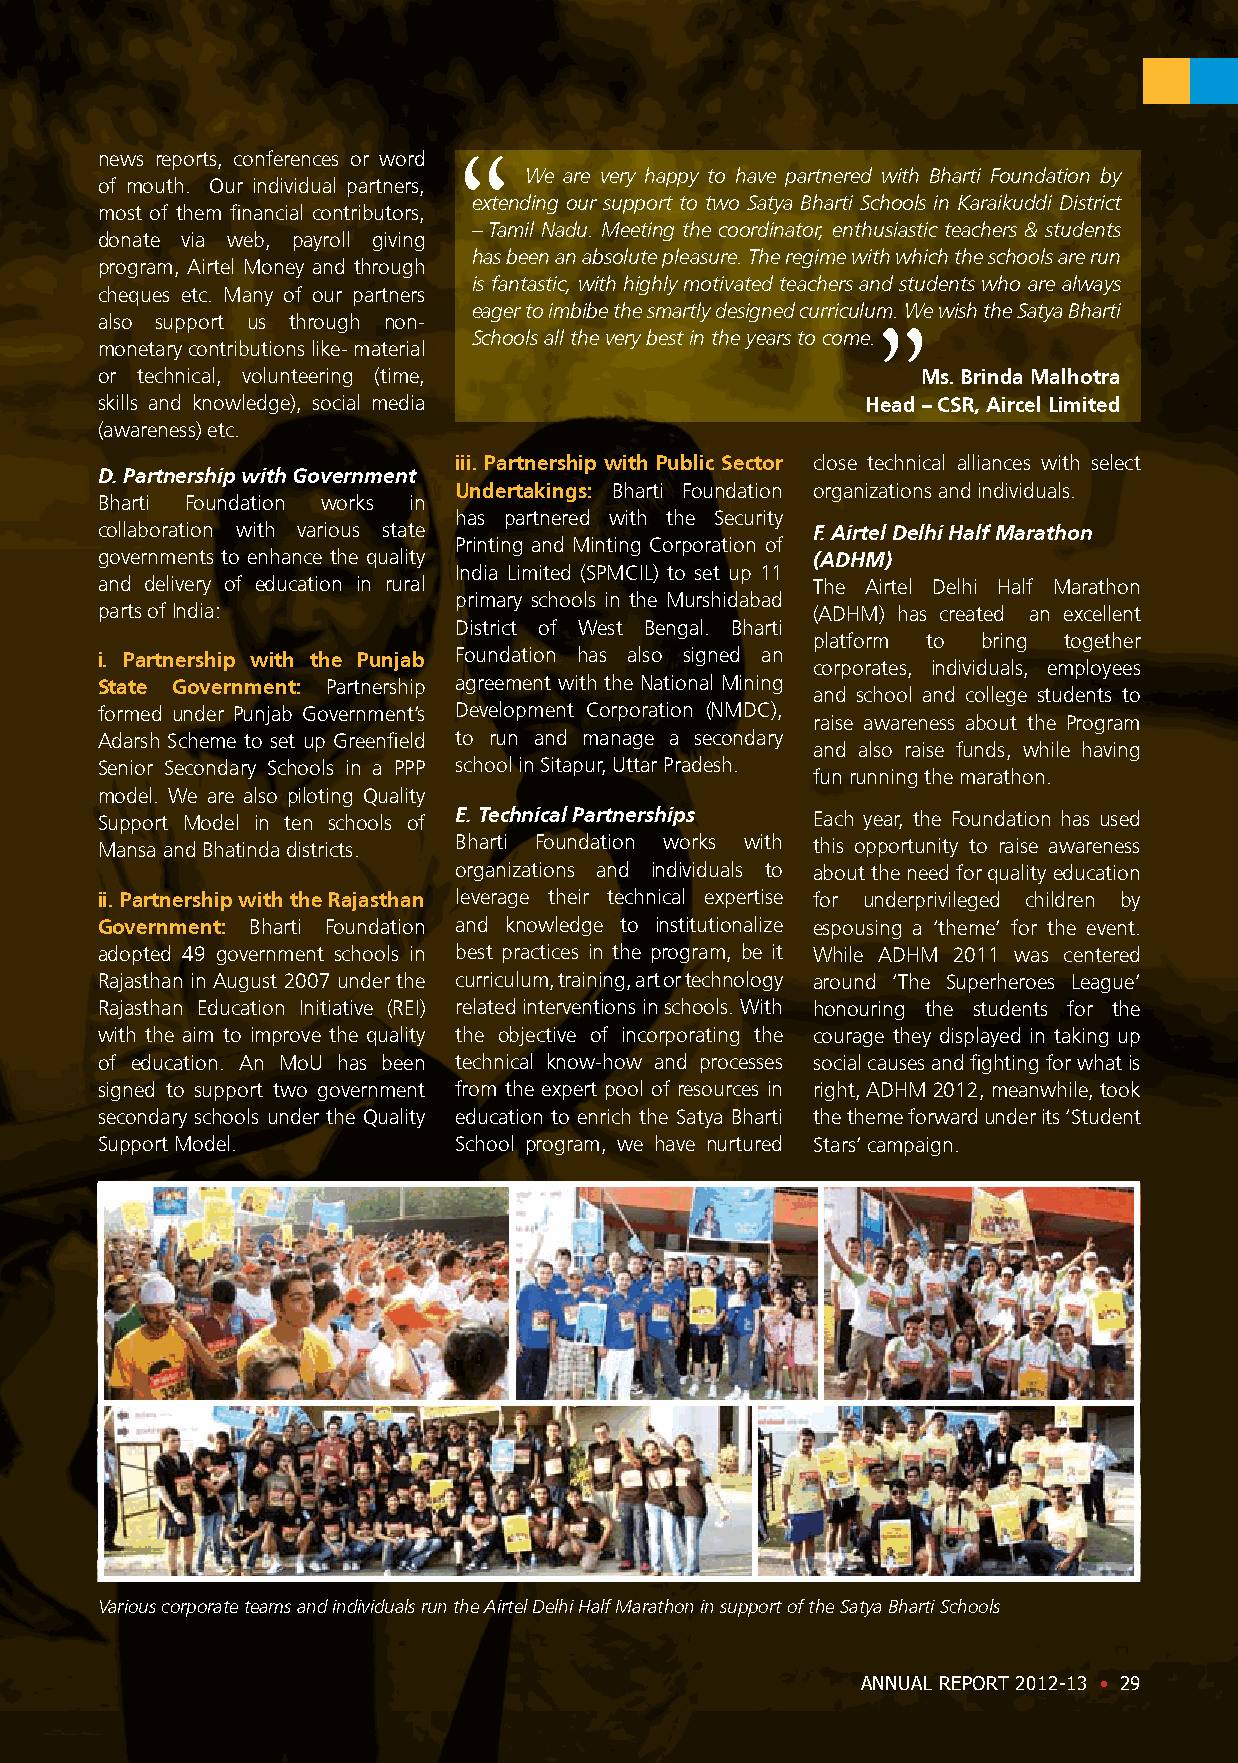
news reports, conferences or word
 We are very happy to have partnered with Bharti Foundation by
 of mouth. Our individual partners,
 extending our support to two Satya Bharti Schools in Karaikuddi District
 most of them financial contributors,
 – Tamil Nadu. Meeting the coordinator, enthusiastic teachers & students
 donate via web, payroll giving
 has been an absolute pleasure. The regime with which the schools are run
 program, Airtel Money and through
 is fantastic, with highly motivated teachers and students who are always
 cheques etc. Many of our partners
 eager to imbibe the smartly designed curriculum. We wish the Satya Bharti
 also support us through non-
 Schools all the very best in the years to come.
 monetary contributions like- material
 or technical, volunteering (time,                      Ms. Brinda Malhotra
 skills and knowledge), social media                Head – CSR, Aircel Limited
 (awareness) etc.
 iii. Partnership with Public Sector close technical alliances with select
 D. Partnership with Government
 Undertakings: Bharti Foundation organizations and individuals.
 Bharti Foundation works in
 has partnered with the Security
 collaboration with various state                F. Airtel Delhi Half Marathon
 Printing and Minting Corporation of
 governments to enhance the quality              (ADHM)
 India Limited (SPMCIL) to set up 11
 and delivery of education in rural              The Airtel Delhi Half Marathon
 primary schools in the Murshidabad
 parts of India:                                 (ADHM) has created an excellent
 District of West Bengal. Bharti
 platform to bring together
 i. Partnership with the Punjab Foundation has also signed an
 corporates, individuals, employees
 State Government: Partnership agreement with the National Mining
 and school and college students to
 formed under Punjab Government’s Development Corporation (NMDC),
 raise awareness about the Program
 Adarsh Scheme to set up Greenfield to run and manage a secondary
 and also raise funds, while having
 Senior Secondary Schools in a PPP school in Sitapur, Uttar Pradesh.
 fun running the marathon.
 model. We are also piloting Quality
 Support Model in ten schools of E. Technical Partnerships Each year, the Foundation has used
 Mansa and Bhatinda districts. Bharti Foundation works with this opportunity to raise awareness
 organizations and individuals to about the need for quality education
 ii. Partnership with the Rajasthan leverage their technical expertise for underprivileged children by
 Government: Bharti Foundation and knowledge to institutionalize espousing a ‘theme’ for the event.
 adopted 49 government schools in best practices in the program, be it While ADHM 2011 was centered
 Rajasthan in August 2007 under the curriculum, training, art or technology around ‘The Superheroes League’
 Rajasthan Education Initiative (REI) related interventions in schools. With honouring the students for the
 with the aim to improve the quality the objective of incorporating the courage they displayed in taking up
 of education. An MoU has been technical know-how and processes social causes and fighting for what is
 signed to support two government from the expert pool of resources in right, ADHM 2012, meanwhile, took
 secondary schools under the Quality education to enrich the Satya Bharti the theme forward under its ‘Student
 Support Model.          School program, we have nurtured Stars’ campaign.
 Various corporate teams and individuals run the Airtel Delhi Half Marathon in support of the Satya Bharti Schools
 ANNUAL REPORT 2012-13 • 29